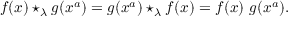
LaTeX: f ( x ) \star _ { \lambda } g ( x ^ { a } ) = g ( x ^ { a } ) \star _ { \lambda } f ( x ) = f ( x ) \ g ( x ^ { a } ) .